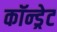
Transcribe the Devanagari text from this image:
कॉन्ड्रेट